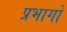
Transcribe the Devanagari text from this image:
प्रभागो